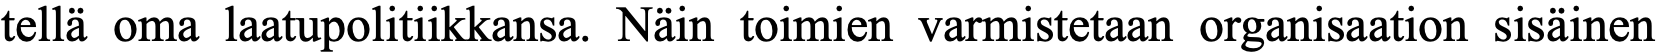
tellä oma laatupolitiikkansa. Näin toimien varmistetaan organisaation sisäinen